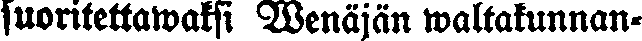
suoritettawaksi Wenäjän waltakunnan-